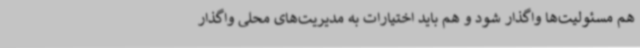
هم مسئولیت‌ها واگذار شود و هم باید اختیارات به مدیریت‌های محلی واگذار